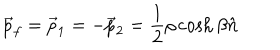
LaTeX: \vec { p } _ { f } = \vec { p } _ { 1 } = - \vec { p } _ { 2 } = \frac { 1 } { 2 } \rho \cosh \beta \hat { n }